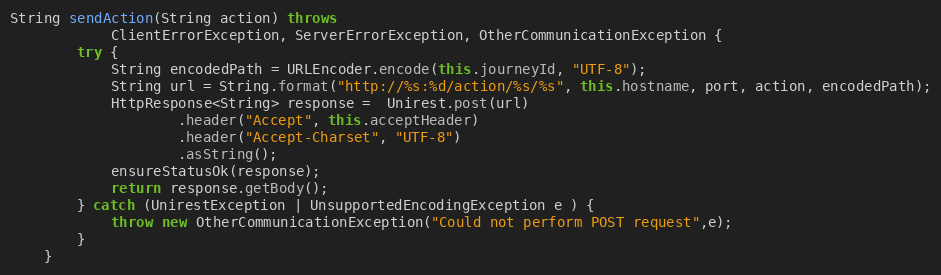
Language: Java
String sendAction(String action) throws
            ClientErrorException, ServerErrorException, OtherCommunicationException {
        try {
            String encodedPath = URLEncoder.encode(this.journeyId, "UTF-8");
            String url = String.format("http://%s:%d/action/%s/%s", this.hostname, port, action, encodedPath);
            HttpResponse<String> response =  Unirest.post(url)
                    .header("Accept", this.acceptHeader)
                    .header("Accept-Charset", "UTF-8")
                    .asString();
            ensureStatusOk(response);
            return response.getBody();
        } catch (UnirestException | UnsupportedEncodingException e ) {
            throw new OtherCommunicationException("Could not perform POST request",e);
        }
    }